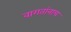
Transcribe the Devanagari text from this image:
वागतांनाच